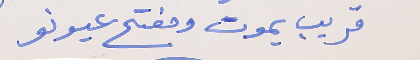
قريب يموت ومفتح عيونو